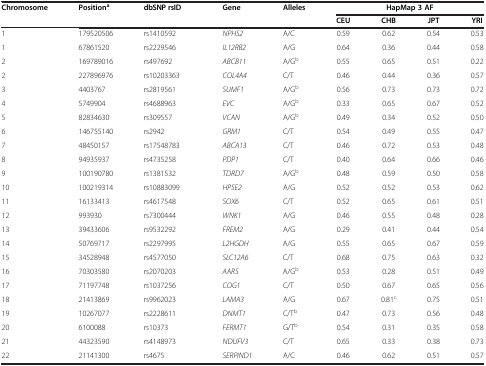
<table><thead><tr><td><b>Chromosome</b></td><td><b>Position<sup>a</sup></b></td><td><b>dbSNP rsID</b></td><td><b>Gene</b></td><td><b>Alleles</b></td><td colspan="4"><b>HapMap 3 AF</b></td></tr><tr><td><b> </b></td><td><b> </b></td><td><b> </b></td><td><b> </b></td><td><b> </b></td><td><b>CEU</b></td><td><b>CHB</b></td><td><b>JPT</b></td><td><b>YRI</b></td></tr></thead><tbody><tr><td>1</td><td>179520506</td><td>rs1410592</td><td><i>NPHS2</i></td><td>A/C</td><td>0.59</td><td>0.62</td><td>0.54</td><td>0.53</td></tr><tr><td>1</td><td>67861520</td><td>rs2229546</td><td><i>IL12RB2</i></td><td>A/G</td><td>0.64</td><td>0.36</td><td>0.44</td><td>0.58</td></tr><tr><td>2</td><td>169789016</td><td>rs497692</td><td><i>ABCB11</i></td><td>A/G<sup>b</sup></td><td>0.55</td><td>0.65</td><td>0.51</td><td>0.22</td></tr><tr><td>2</td><td>227896976</td><td>rs10203363</td><td><i>COL4A4</i></td><td>C/T</td><td>0.46</td><td>0.44</td><td>0.36</td><td>0.57</td></tr><tr><td>3</td><td>4403767</td><td>rs2819561</td><td><i>SUMF1</i></td><td>A/G<sup>b</sup></td><td>0.56</td><td>0.73</td><td>0.73</td><td>0.72</td></tr><tr><td>4</td><td>5749904</td><td>rs4688963</td><td><i>EVC</i></td><td>A/G<sup>b</sup></td><td>0.33</td><td>0.65</td><td>0.67</td><td>0.52</td></tr><tr><td>5</td><td>82834630</td><td>rs309557</td><td><i>VCAN</i></td><td>A/G<sup>b</sup></td><td>0.49</td><td>0.34</td><td>0.52</td><td>0.50</td></tr><tr><td>6</td><td>146755140</td><td>rs2942</td><td><i>GRM1</i></td><td>C/T</td><td>0.54</td><td>0.49</td><td>0.55</td><td>0.47</td></tr><tr><td>7</td><td>48450157</td><td>rs17548783</td><td><i>ABCA13</i></td><td>C/T</td><td>0.46</td><td>0.72</td><td>0.53</td><td>0.48</td></tr><tr><td>8</td><td>94935937</td><td>rs4735258</td><td><i>PDP1</i></td><td>C/T</td><td>0.40</td><td>0.64</td><td>0.66</td><td>0.46</td></tr><tr><td>9</td><td>100190780</td><td>rs1381532</td><td><i>TDRD7</i></td><td>A/G<sup>b</sup></td><td>0.48</td><td>0.59</td><td>0.50</td><td>0.58</td></tr><tr><td>10</td><td>100219314</td><td>rs10883099</td><td><i>HPSE2</i></td><td>A/G</td><td>0.52</td><td>0.52</td><td>0.53</td><td>0.62</td></tr><tr><td>11</td><td>16133413</td><td>rs4617548</td><td><i>SOX6</i></td><td>C/T</td><td>0.52</td><td>0.65</td><td>0.61</td><td>0.51</td></tr><tr><td>12</td><td>993930</td><td>rs7300444</td><td><i>WNK1</i></td><td>A/G</td><td>0.46</td><td>0.55</td><td>0.48</td><td>0.28</td></tr><tr><td>13</td><td>39433606</td><td>rs9532292</td><td><i>FREM2</i></td><td>A/G</td><td>0.29</td><td>0.41</td><td>0.44</td><td>0.54</td></tr><tr><td>14</td><td>50769717</td><td>rs2297995</td><td><i>L2HGDH</i></td><td>A/G</td><td>0.55</td><td>0.65</td><td>0.67</td><td>0.59</td></tr><tr><td>15</td><td>34528948</td><td>rs4577050</td><td><i>SLC12A6</i></td><td>C/T</td><td>0.68</td><td>0.75</td><td>0.63</td><td>0.32</td></tr><tr><td>16</td><td>70303580</td><td>rs2070203</td><td><i>AARS</i></td><td>A/G<sup>b</sup></td><td>0.53</td><td>0.28</td><td>0.51</td><td>0.49</td></tr><tr><td>17</td><td>71197748</td><td>rs1037256</td><td><i>COG1</i></td><td>C/T</td><td>0.50</td><td>0.67</td><td>0.65</td><td>0.56</td></tr><tr><td>18</td><td>21413869</td><td>rs9962023</td><td><i>LAMA3</i></td><td>A/G</td><td>0.67</td><td>0.81<sup>c</sup></td><td>0.75</td><td>0.51</td></tr><tr><td>19</td><td>10267077</td><td>rs2228611</td><td><i>DNMT1</i></td><td>C/T<sup>b</sup></td><td>0.47</td><td>0.73</td><td>0.56</td><td>0.48</td></tr><tr><td>20</td><td>6100088</td><td>rs10373</td><td><i>FERMT1</i></td><td>G/T<sup>b</sup></td><td>0.54</td><td>0.31</td><td>0.35</td><td>0.58</td></tr><tr><td>21</td><td>44323590</td><td>rs4148973</td><td><i>NDUFV3</i></td><td>C/T</td><td>0.65</td><td>0.33</td><td>0.38</td><td>0.73</td></tr><tr><td>22</td><td>21141300</td><td>rs4675</td><td><i>SERPIND1</i></td><td>A/C</td><td>0.46</td><td>0.62</td><td>0.51</td><td>0.57</td></tr></tbody></table>